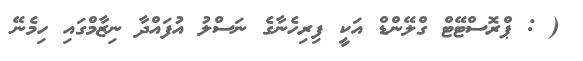
( : ޕްރޮސްޓޭޓް ގްލޭންޑް އަކީ ފިރިހެނާގެ ނަސްލު އުފައްދާ ނިޒާމްގައި ހިމެނޭ